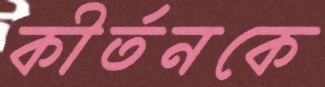
কীর্তনকে